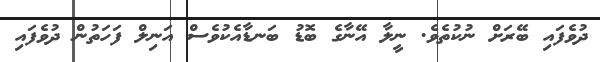
ދުވެފައި ބޭރަށް ނުކުތެވެ. ނީލާ އޭނާގެ ބޮޑު ބަނޑާއެކުވެސް އަނިލް ފަހަތުން ދުވެފައި